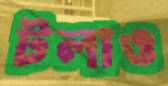
টলাও